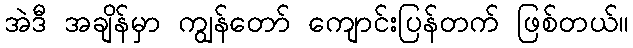
အဲဒီ အချိန်မှာ ကျွန်တော် ကျောင်းပြန်တက် ဖြစ်တယ်။